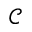
\mathscr { C }